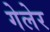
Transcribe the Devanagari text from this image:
गेलेर